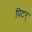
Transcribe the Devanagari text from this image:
पिटर्